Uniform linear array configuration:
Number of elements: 16
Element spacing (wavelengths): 0.25
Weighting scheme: blackman
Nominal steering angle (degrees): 0
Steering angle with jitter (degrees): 1.917
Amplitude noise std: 0.05
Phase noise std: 0.05

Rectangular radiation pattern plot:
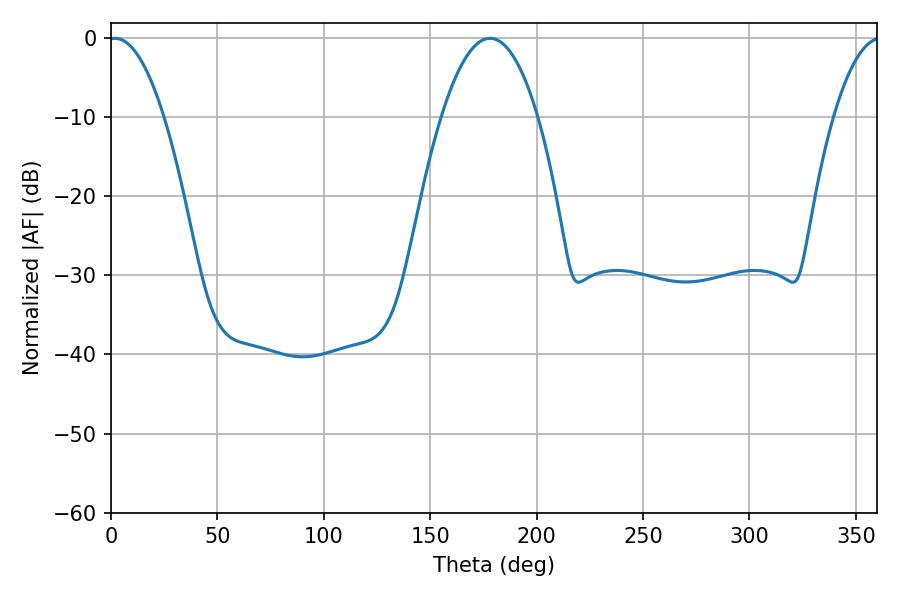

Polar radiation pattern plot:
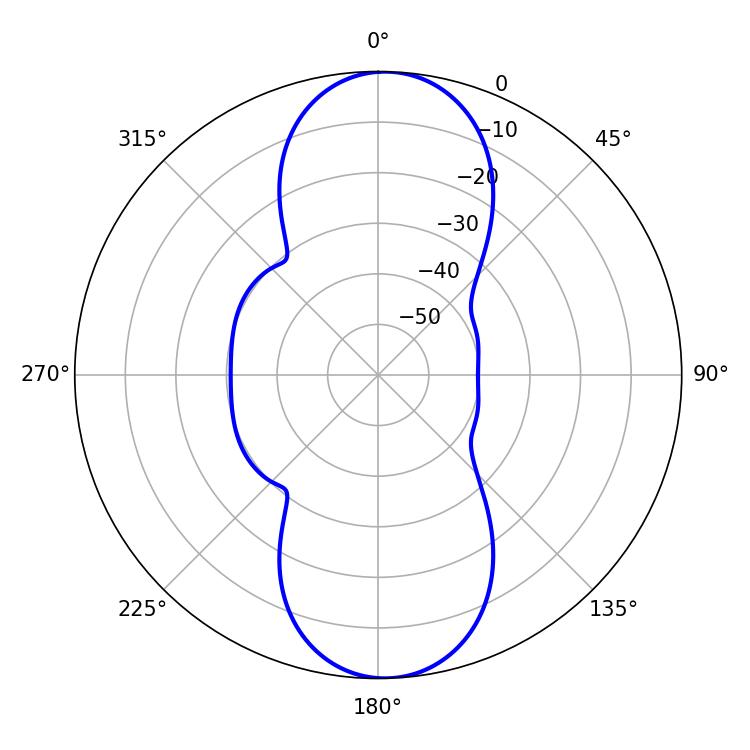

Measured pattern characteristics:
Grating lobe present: FALSE
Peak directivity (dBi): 17.963
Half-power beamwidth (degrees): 14.4
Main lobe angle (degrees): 1.98